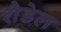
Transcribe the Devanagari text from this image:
शैडेल